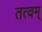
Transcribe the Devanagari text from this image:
तत्वम्